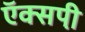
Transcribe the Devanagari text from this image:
ऍक्सपी़